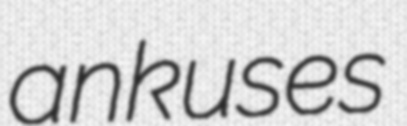
ankuses